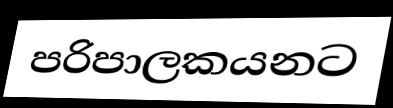
පරිපාලකයනට